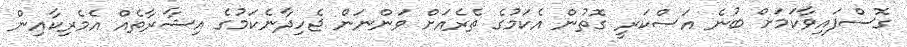
ގޮސްފައިވާކަމަށް ބުނެ އަސްކަރީ ގޮތުން އެކަމުގެ ތެރެއަށް ވަންނަން ޖެހިދާނެކަމުގެ އިޝާރާތެއް އެމެރިކާއިން